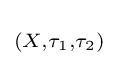
\scriptstyle (X,\tau _{1},\tau _{2})